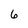
Character: 6